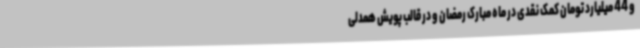
و 44 میلیارد تومان کمک نقدی در ماه مبارک رمضان و در قالب پویش همدلی